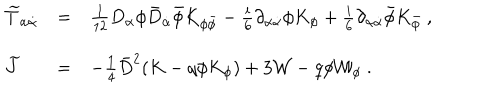
LaTeX: \begin{array} { l l l } { { { \widetilde T } _ { \alpha { \dot { \alpha } } } } } & { { = } } & { { \frac { 1 } { 1 2 } D _ { \alpha } \phi { \bar { D } } _ { \dot { \alpha } } { \bar { \phi } } K _ { \phi { \bar { \phi } } } - \frac { i } { 6 } \partial _ { \alpha { \dot { \alpha } } } \phi K _ { \phi } + \frac { i } { 6 } \partial _ { \alpha { \dot { \alpha } } } { \bar { \phi } } K _ { \bar { \phi } } \ , } } \\ { { { \widetilde J } } } & { { = } } & { { - \frac { 1 } { 4 } { \bar { D } } ^ { 2 } ( K - q \phi K _ { \phi } ) + 3 { \mathcal W } - q \phi { \mathcal W } _ { \phi } \ . } } \\ \end{array}